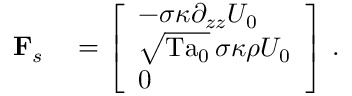
\begin{array} { r l } { \mathbf { F } _ { s } } & { { } = \left[ \begin{array} { l } { - \sigma \kappa \partial _ { z z } U _ { 0 } } \\ { \sqrt { \mathrm { T a } _ { 0 } } \, \sigma \kappa \rho U _ { 0 } } \\ { 0 } \end{array} \right] \, . } \end{array}